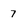
Character: 7